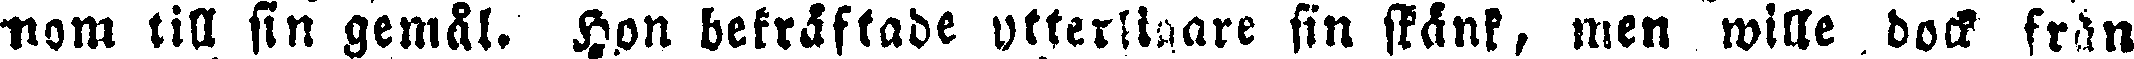
-nom till sin gemål. Hon bekräftade ytterligare sin skänk, men wille dock från